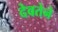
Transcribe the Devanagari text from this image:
देवतेने